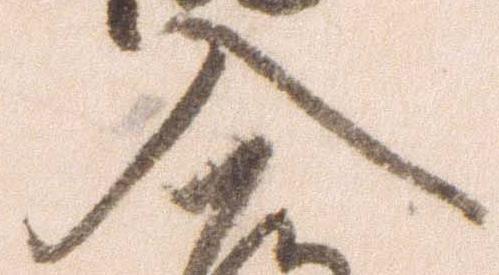
入